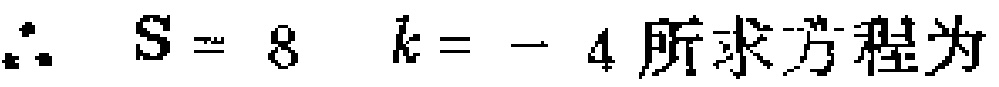
$\therefore \ S = 8\ \ k=-4 所求方程为$